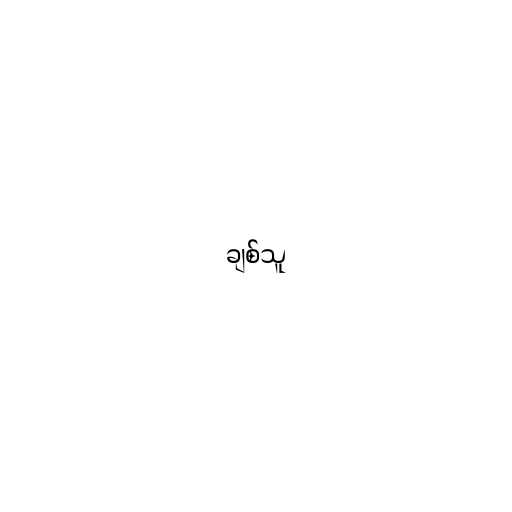
ချစ်သူ